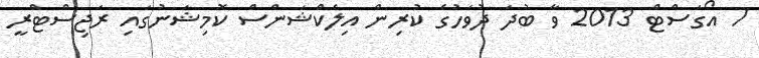
7 އޯގަސްޓް 2013 ވާ ބުދަ ދުވަހުގެ ކުރިން އިލެކްޝަންސް ކޮމިޝަނުގައި ރަޖިސްޓްރީ